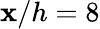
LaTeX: \mathbf{x}/h=8